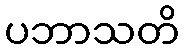
ပဘာသတိ